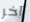
آخر